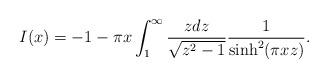
LaTeX: \begin{align*}I(x) = - 1 - \pi x \int_1^\infty\frac{z dz}{\sqrt{z^2-1}}\frac{1}{\sinh^2(\pi x z)}.\end{align*}